Report on vaccination for the Province of Oudh 1873 -
Year: 1873
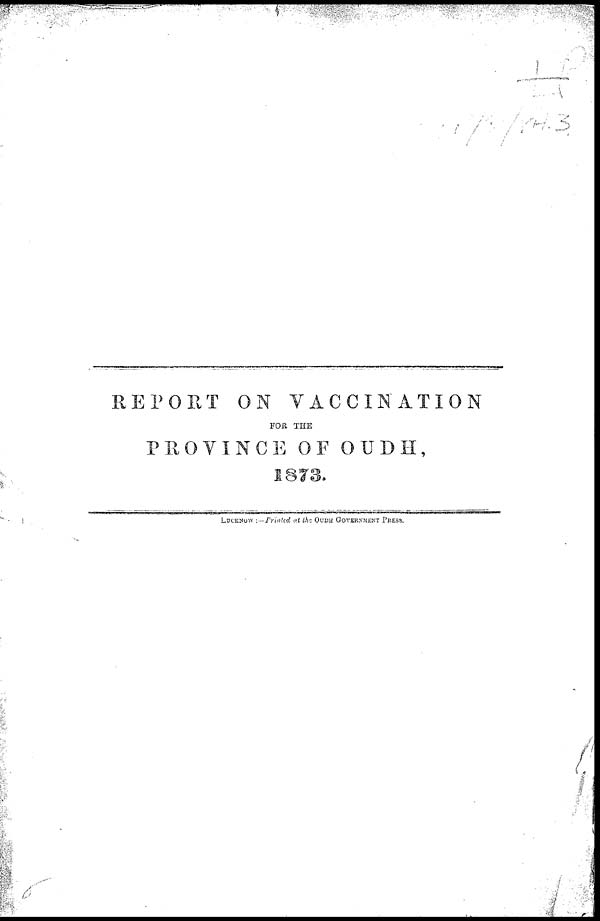
REPORT ON VACCINATION
FOR THE
PROVINCE OF OUDH,
1873.